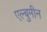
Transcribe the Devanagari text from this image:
एल्बुमीन